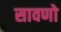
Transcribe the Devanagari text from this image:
सावणो